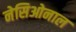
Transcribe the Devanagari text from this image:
नेसिओनाल